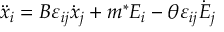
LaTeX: \ddot { x } _ { i } = B \varepsilon _ { i j } \dot { x } _ { j } + m ^ { * } E _ { i } - \theta \varepsilon _ { i j } \dot { E } _ { j }